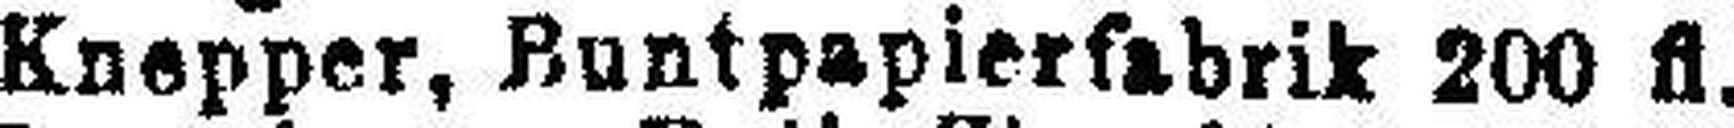
Knepper, Buntpapierfabrik 200 fl.